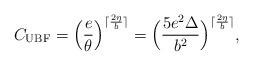
LaTeX: \begin{align*}C_{\mathrm{UBF}}=\Big(\frac{e}{\theta}\Big)^{\lceil\frac{2\eta}{b}\rceil} = \Big(\frac{5e^2\Delta}{b^2}\Big)^{\lceil\frac{2\eta}{b}\rceil},\end{align*}